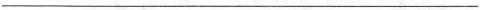
___